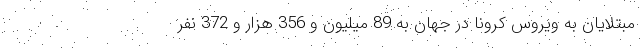
مبتلایان به ویروس کرونا در جهان به 89 میلیون و 356 هزار و 372 نفر